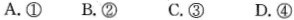
A. ①B. ② C. ③D. ④